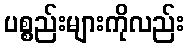
ပစ္စည်းများကိုလည်း